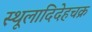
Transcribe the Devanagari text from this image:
स्थूलादिदेहचक्र